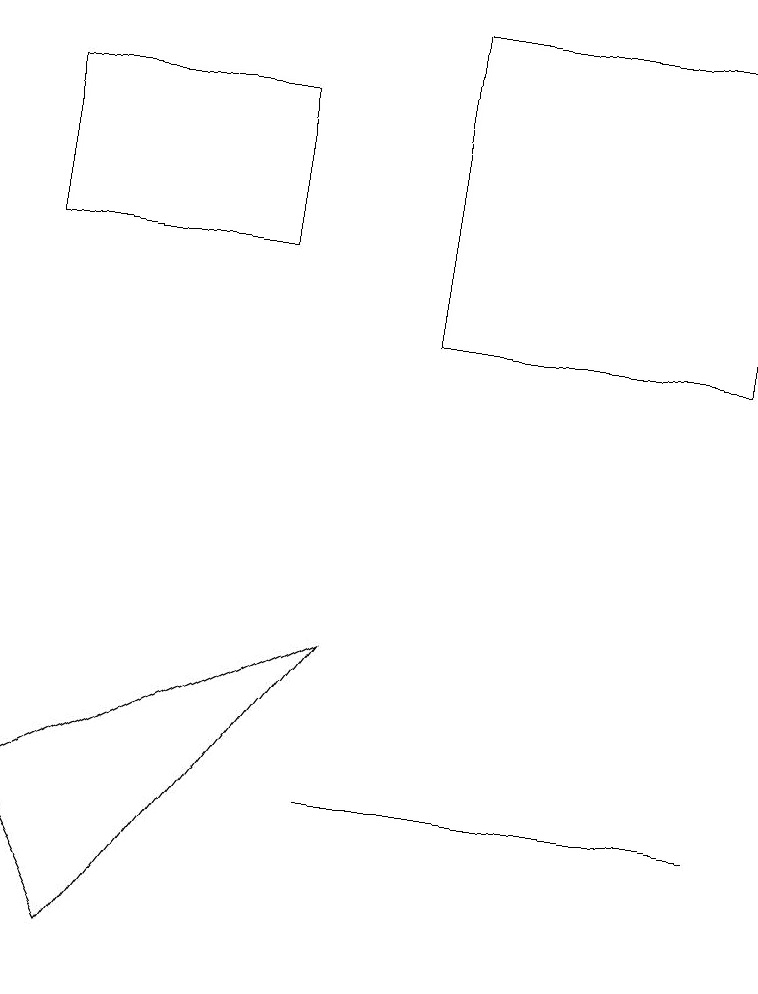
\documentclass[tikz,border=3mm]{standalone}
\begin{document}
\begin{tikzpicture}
\draw (5,7) -- (4,7) -- (9,7) -- cycle;
\draw (9,17) rectangle (5,13);
\draw (1,5) -- (0,7) -- (4,9) -- cycle;
\draw (3,16) rectangle (0,14);
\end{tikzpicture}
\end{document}